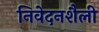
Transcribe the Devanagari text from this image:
निवेदनशैली